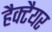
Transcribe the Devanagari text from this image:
हैक्टैयर